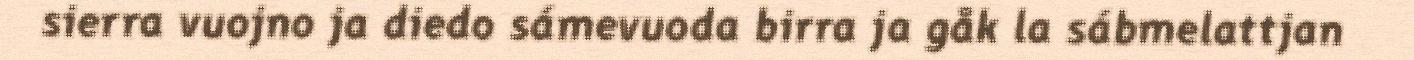
sierra vuojno ja diedo sámevuoda birra ja gåk la sábmelattjan